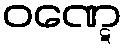
ဝဏ္ဋေ